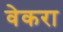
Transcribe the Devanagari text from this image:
वेकरा